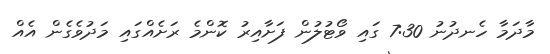
މާދަމާ ހެނދުނު 7:30 ގައި ވޯޓުލުން ފަށާއިރު ކޮންމެ ރަށެއްގައި މަދުވެގެން އެއް